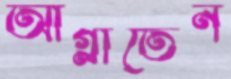
আগ্‌লাতেন